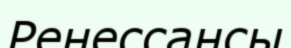
Ренессансы